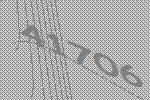
41706